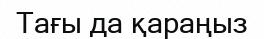
Тағы да қараңыз